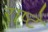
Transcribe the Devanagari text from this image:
राष्टे